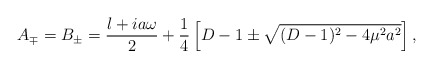
\begin{align*}A_{\mp}= B_{\pm}= \frac{l+ia\omega}{2} +\frac{1}{4}\left[D-1\pm\sqrt{(D-1)^{2}-4\mu^{2}a^{2}}\right],\end{align*}